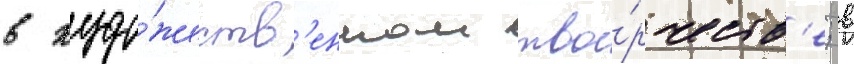
в худо́жеств'енном тво́рчеств'е; в